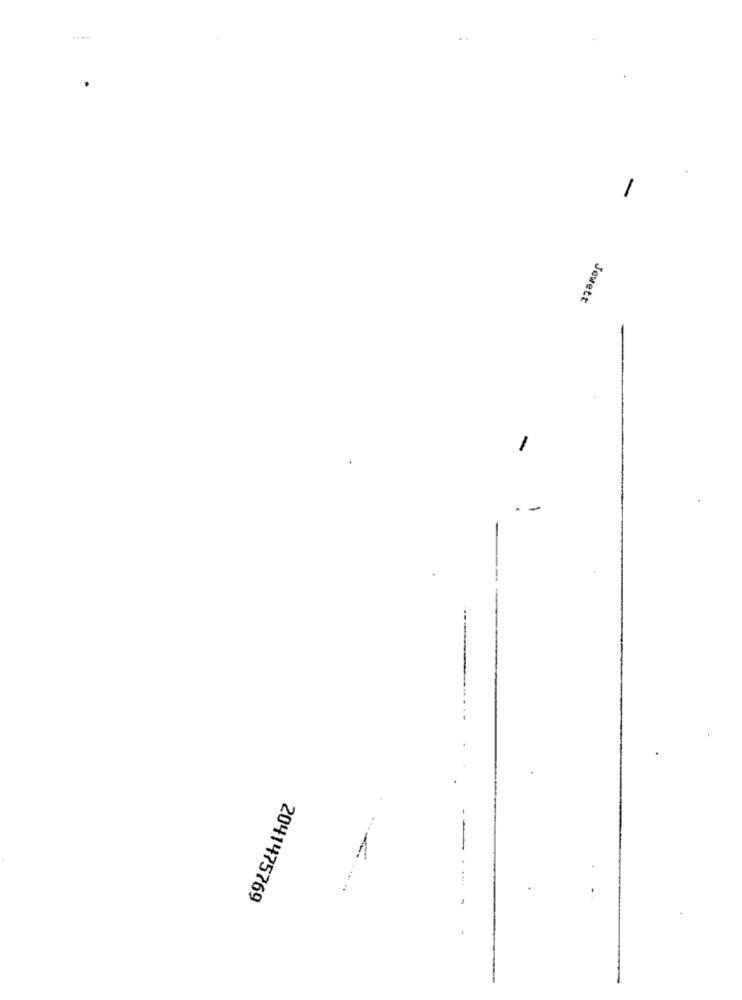
Jewett
-
-
2041475769